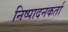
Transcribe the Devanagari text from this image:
निष्‍पादनकर्ता